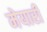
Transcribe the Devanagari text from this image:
मेयारी